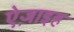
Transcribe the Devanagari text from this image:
ऐज़ाइह